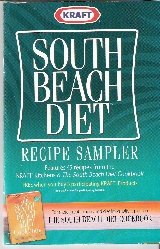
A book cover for South Beach Diet (Recipe Sampler); Kraft; Health, Fitness & Dieting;